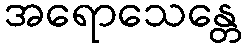
အရောသေန္တေ